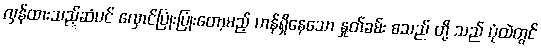
လှန်ထားသည့်ဆံပင် လှောင်ပြုံးပြုံးတော့မည့် ဟန်ရှိနေသော နှုတ်ခမ်း စသည် တို့ သည် ပုံထဲတွင်